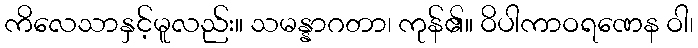
ကိလေသာနှင့်မူလည်း။ သမန္နာဂတာ၊ ကုန်၏။ ဝိပါကာဝရဏေန ဝါ၊